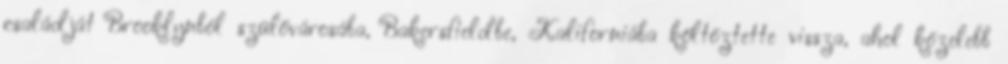
családját Brooklynból szülővárosába, Bakersfieldbe, Kaliforniába költöztette vissza, ahol közelebb